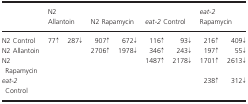
<table><thead><tr><td></td><td colspan="2"><b>N2 Allantoin</b></td><td colspan="2"><b>N2 Rapamycin</b></td><td colspan="2"><b><i>eat‐2</i> Control</b></td><td colspan="2"><b><i>eat‐2</i> Rapamycin</b></td></tr></thead><tbody><tr><td>N2 Control</td><td>77↑</td><td>287↓</td><td>907↑</td><td>672↓</td><td>116↑</td><td>93↓</td><td>216↑</td><td>409↓</td></tr><tr><td>N2 Allantoin</td><td></td><td></td><td>2706↑</td><td>1978↓</td><td>346↑</td><td>243↓</td><td>197↑</td><td>55↓</td></tr><tr><td>N2 Rapamycin</td><td></td><td></td><td></td><td></td><td>1487↑</td><td>2178↓</td><td>1701↑</td><td>2613↓</td></tr><tr><td><i>eat‐2</i> Control</td><td></td><td></td><td></td><td></td><td></td><td></td><td>238↑</td><td>312↓</td></tr></tbody></table>